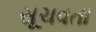
સૂચવતા